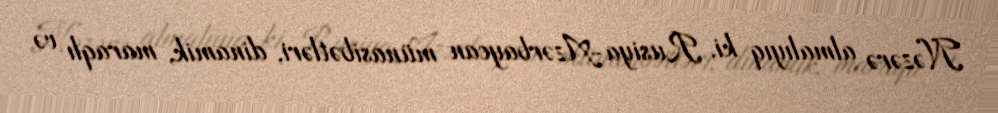
Nəzərə almalıyıq ki, Rusiya-Azərbaycan münasibətləri, dinamik, maraqlı və